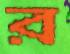
র